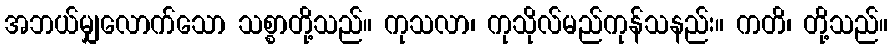
အဘယ်မျှလောက်သော သစ္စာတို့သည်။ ကုသလာ၊ ကုသိုလ်မည်ကုန်သနည်း။ ကတိ၊ တို့သည်။